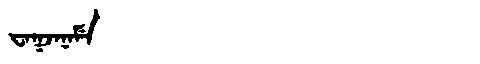
Manchu: ᠸᠠᡴᠵᠠᠨᠠᠮᡝ
Romanization: WAKJANAME